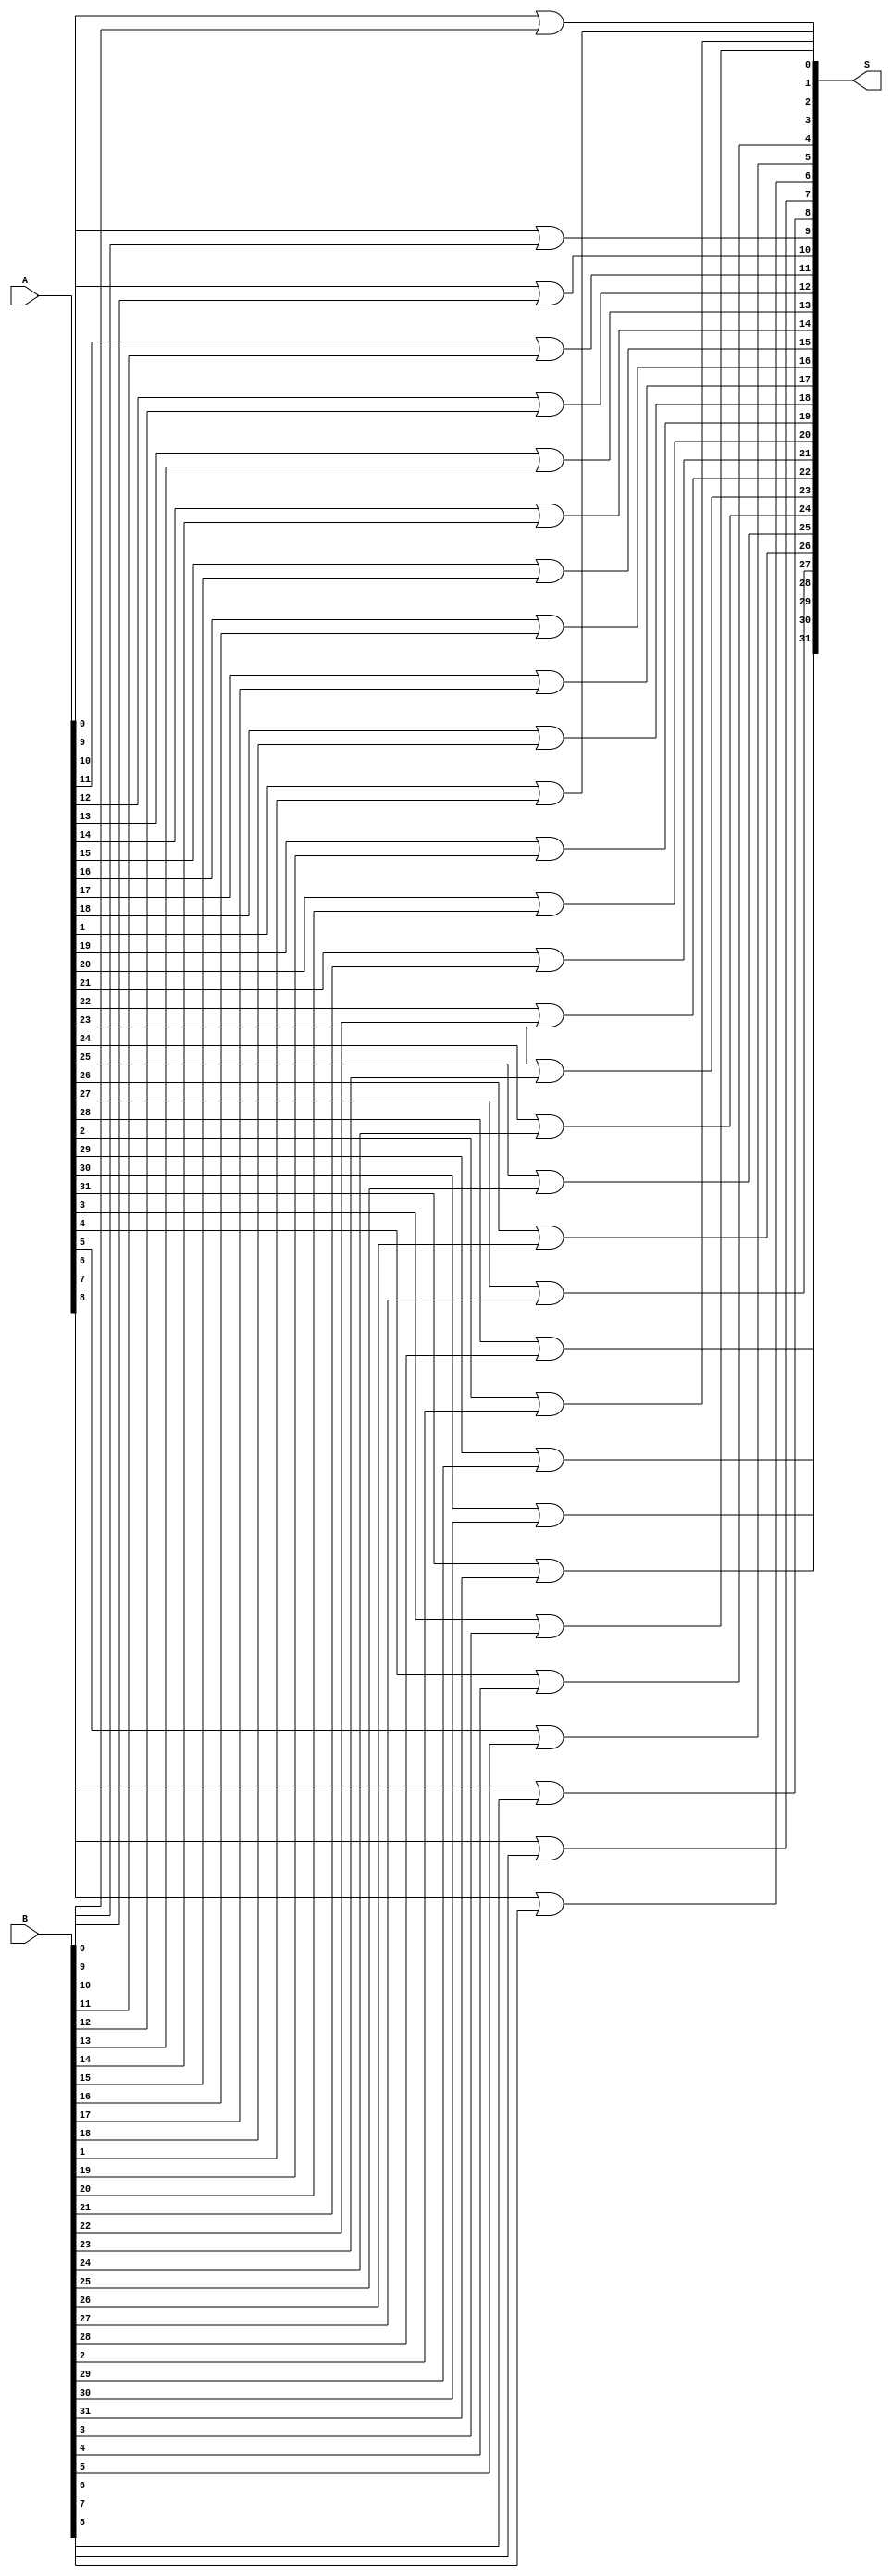
`timescale 1ns / 1ps
module bitwiseOR(
    input [31:0] A, B,
    output [31:0] S
    );
    genvar i;
    generate for( i=0; i<32; i=i+1) begin
        assign #3 S[i] = A[i] | B[i];
    end
    endgenerate
endmodule